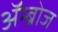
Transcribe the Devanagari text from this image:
ॲम्ब्रोज